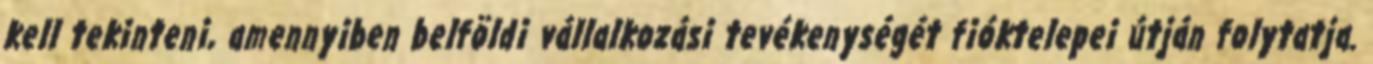
kell tekinteni, amennyiben belföldi vállalkozási tevékenységét fióktelepei útján folytatja.